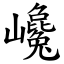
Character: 巉